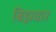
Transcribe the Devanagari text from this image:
बिझवार